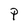
Character: p